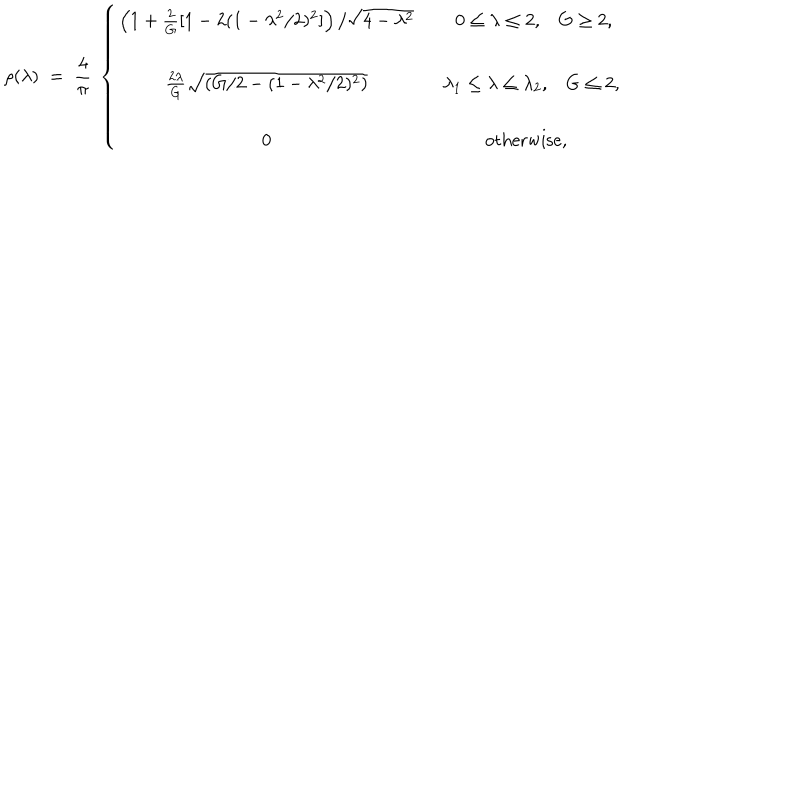
\rho ( \lambda ) \; = \; { \frac { 4 } { \pi } } \; \left\{ \begin{array} { c c } { { \left( 1 + { \frac { 2 } { G } } [ 1 - 2 ( 1 - \lambda ^ { 2 } / 2 ) ^ { 2 } ] \right) / \sqrt { 4 - \lambda ^ { 2 } } } } & { { 0 \leq \lambda \leq 2 , G \geq 2 , } } \\ { { { \frac { 2 \lambda } { G } } \sqrt { \left( G / 2 - ( 1 - \lambda ^ { 2 } / 2 ) ^ { 2 } \right) } } } & { { \; \; \lambda _ { 1 } \leq \lambda \leq \lambda _ { 2 } , G \leq 2 , } } \\ { { 0 } } & { { \mathrm { o t h e r w i s e } , } } \\ \end{array} \right.